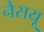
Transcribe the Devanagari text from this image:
नैसयू